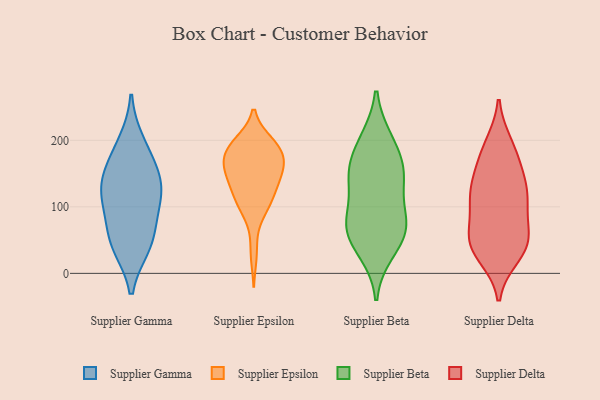
{"axis": {"x": "Gross Profit (USD K)", "y": "Value"}, "legend": ["Supplier Beta", "Supplier Delta", "Supplier Epsilon", "Supplier Gamma"], "data": [{"x": "", "y": 143, "type": "Supplier Gamma"}, {"x": "", "y": 139, "type": "Supplier Gamma"}, {"x": "", "y": 172, "type": "Supplier Gamma"}, {"x": "", "y": 111, "type": "Supplier Gamma"}, {"x": "", "y": 94, "type": "Supplier Gamma"}, {"x": "", "y": 197, "type": "Supplier Gamma"}, {"x": "", "y": 41, "type": "Supplier Gamma"}, {"x": "", "y": 41, "type": "Supplier Gamma"}, {"x": "", "y": 60, "type": "Supplier Gamma"}, {"x": "", "y": 125, "type": "Supplier Gamma"}, {"x": "", "y": 30, "type": "Supplier Epsilon"}, {"x": "", "y": 190, "type": "Supplier Epsilon"}, {"x": "", "y": 147, "type": "Supplier Epsilon"}, {"x": "", "y": 154, "type": "Supplier Epsilon"}, {"x": "", "y": 192, "type": "Supplier Epsilon"}, {"x": "", "y": 172, "type": "Supplier Epsilon"}, {"x": "", "y": 109, "type": "Supplier Epsilon"}, {"x": "", "y": 117, "type": "Supplier Epsilon"}, {"x": "", "y": 154, "type": "Supplier Epsilon"}, {"x": "", "y": 191, "type": "Supplier Epsilon"}, {"x": "", "y": 147, "type": "Supplier Epsilon"}, {"x": "", "y": 196, "type": "Supplier Epsilon"}, {"x": "", "y": 189, "type": "Supplier Epsilon"}, {"x": "", "y": 166, "type": "Supplier Epsilon"}, {"x": "", "y": 159, "type": "Supplier Epsilon"}, {"x": "", "y": 86, "type": "Supplier Epsilon"}, {"x": "", "y": 107, "type": "Supplier Epsilon"}, {"x": "", "y": 182, "type": "Supplier Epsilon"}, {"x": "", "y": 134, "type": "Supplier Epsilon"}, {"x": "", "y": 111, "type": "Supplier Epsilon"}, {"x": "", "y": 71, "type": "Supplier Beta"}, {"x": "", "y": 149, "type": "Supplier Beta"}, {"x": "", "y": 200, "type": "Supplier Beta"}, {"x": "", "y": 74, "type": "Supplier Beta"}, {"x": "", "y": 151, "type": "Supplier Beta"}, {"x": "", "y": 150, "type": "Supplier Beta"}, {"x": "", "y": 141, "type": "Supplier Beta"}, {"x": "", "y": 82, "type": "Supplier Beta"}, {"x": "", "y": 49, "type": "Supplier Beta"}, {"x": "", "y": 75, "type": "Supplier Beta"}, {"x": "", "y": 196, "type": "Supplier Beta"}, {"x": "", "y": 33, "type": "Supplier Beta"}, {"x": "", "y": 128, "type": "Supplier Delta"}, {"x": "", "y": 148, "type": "Supplier Delta"}, {"x": "", "y": 74, "type": "Supplier Delta"}, {"x": "", "y": 51, "type": "Supplier Delta"}, {"x": "", "y": 34, "type": "Supplier Delta"}, {"x": "", "y": 185, "type": "Supplier Delta"}, {"x": "", "y": 193, "type": "Supplier Delta"}, {"x": "", "y": 46, "type": "Supplier Delta"}, {"x": "", "y": 173, "type": "Supplier Delta"}, {"x": "", "y": 112, "type": "Supplier Delta"}, {"x": "", "y": 48, "type": "Supplier Delta"}, {"x": "", "y": 114, "type": "Supplier Delta"}, {"x": "", "y": 125, "type": "Supplier Delta"}, {"x": "", "y": 107, "type": "Supplier Delta"}, {"x": "", "y": 27, "type": "Supplier Delta"}, {"x": "", "y": 48, "type": "Supplier Delta"}]}